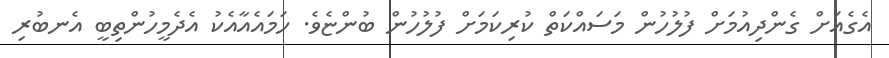
އެގެއަށް ގެންދިއުމަށް ފުލުހުން މަސައްކަތް ކުރިކަމަށް ފުލުހުން ބުންޏެވެ. ހަމައެއާއެކު އެދެމީހުންތިބީ އެނބުރި